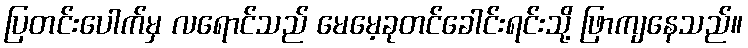
ပြတင်းပေါက်မှ လရောင်သည် မေမေ့ခုတင်ခေါင်းရင်းသို့ ဖြာကျနေသည်။